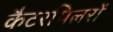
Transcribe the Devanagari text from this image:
कैटरपिलरों